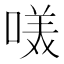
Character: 𭉋